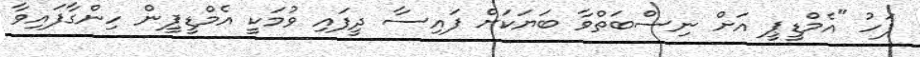
ފަހު "އެމްޑީޕީ އަށް ނިސްބަތްވާ ބަޔަކަށް ފައިސާ ދީފައި ވުމަކީ އެމްޑީޕީން ހިންގާފައިވާ